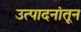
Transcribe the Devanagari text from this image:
उत्पादनांतून